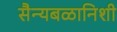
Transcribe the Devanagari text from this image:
सैन्यबळानिशी